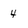
Character: 4